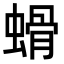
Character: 螖